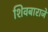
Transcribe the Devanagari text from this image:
शिवबाराजे